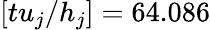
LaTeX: [tu_{j}/h_{j}]=64.086